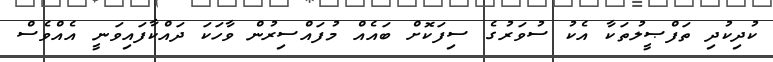
ކުދިކުދި ތަފްޞީލުތަކާ އެކު ސުވަރުގެ ސިފަކޮށް ބައެއް މުފައްސިރުން ވާހަކަ ދައްކާފައިވަނީ އެއްވެސް